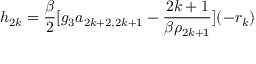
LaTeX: h _ { 2 k } = \frac { \beta } { 2 } [ g _ { 3 } a _ { 2 k + 2 , 2 k + 1 } - \frac { 2 k + 1 } { \beta \rho _ { 2 k + 1 } } ] ( - r _ { k } )